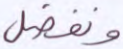
ونفضل